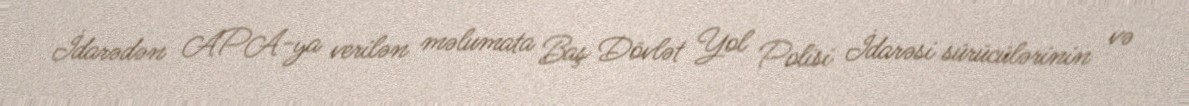
İdarədən APA-ya verilən məlumata Baş Dövlət Yol Polisi İdarəsi sürücülərinin və